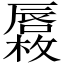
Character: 𱕓